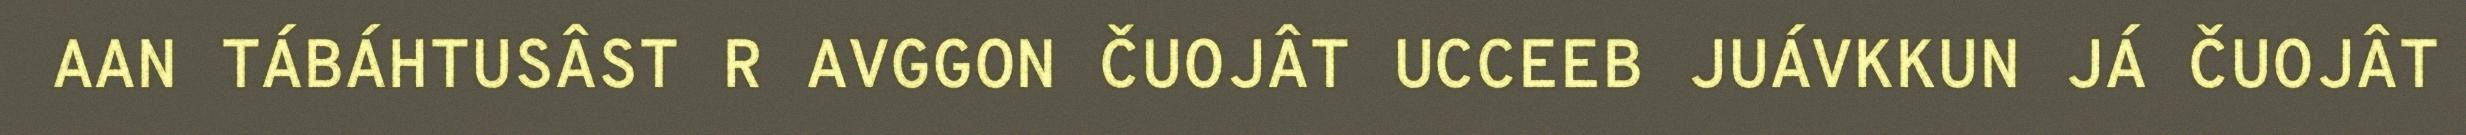
AAN TÁBÁHTUSÂST R AVGGON ČUOJÂT UCCEEB JUÁVKKUN JÁ ČUOJÂT